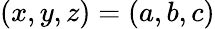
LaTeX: (x,y,z)=(a,b,c)